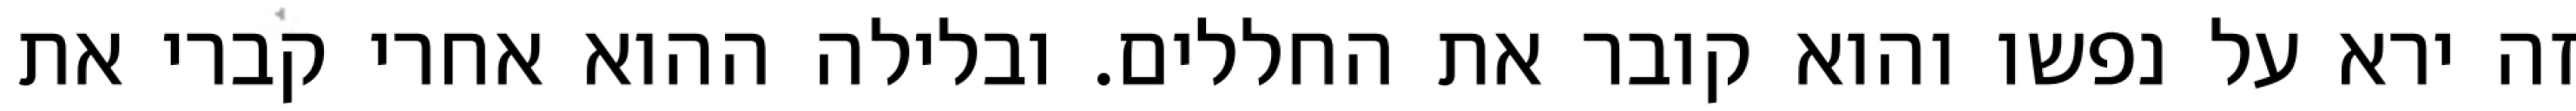
זה ירא על נפשו והוא קובר את החללים. ובלילה ההוא אחרי קברי את